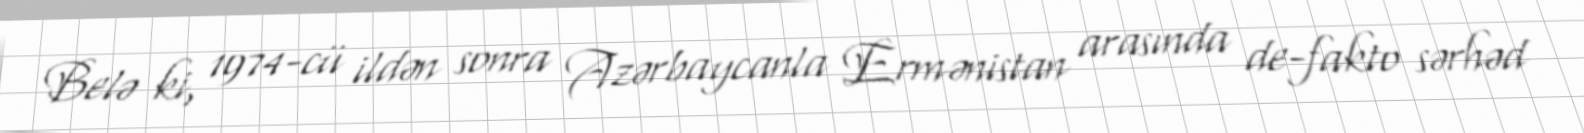
Belə ki, 1974-cü ildən sonra Azərbaycanla Ermənistan arasında de-fakto sərhəd